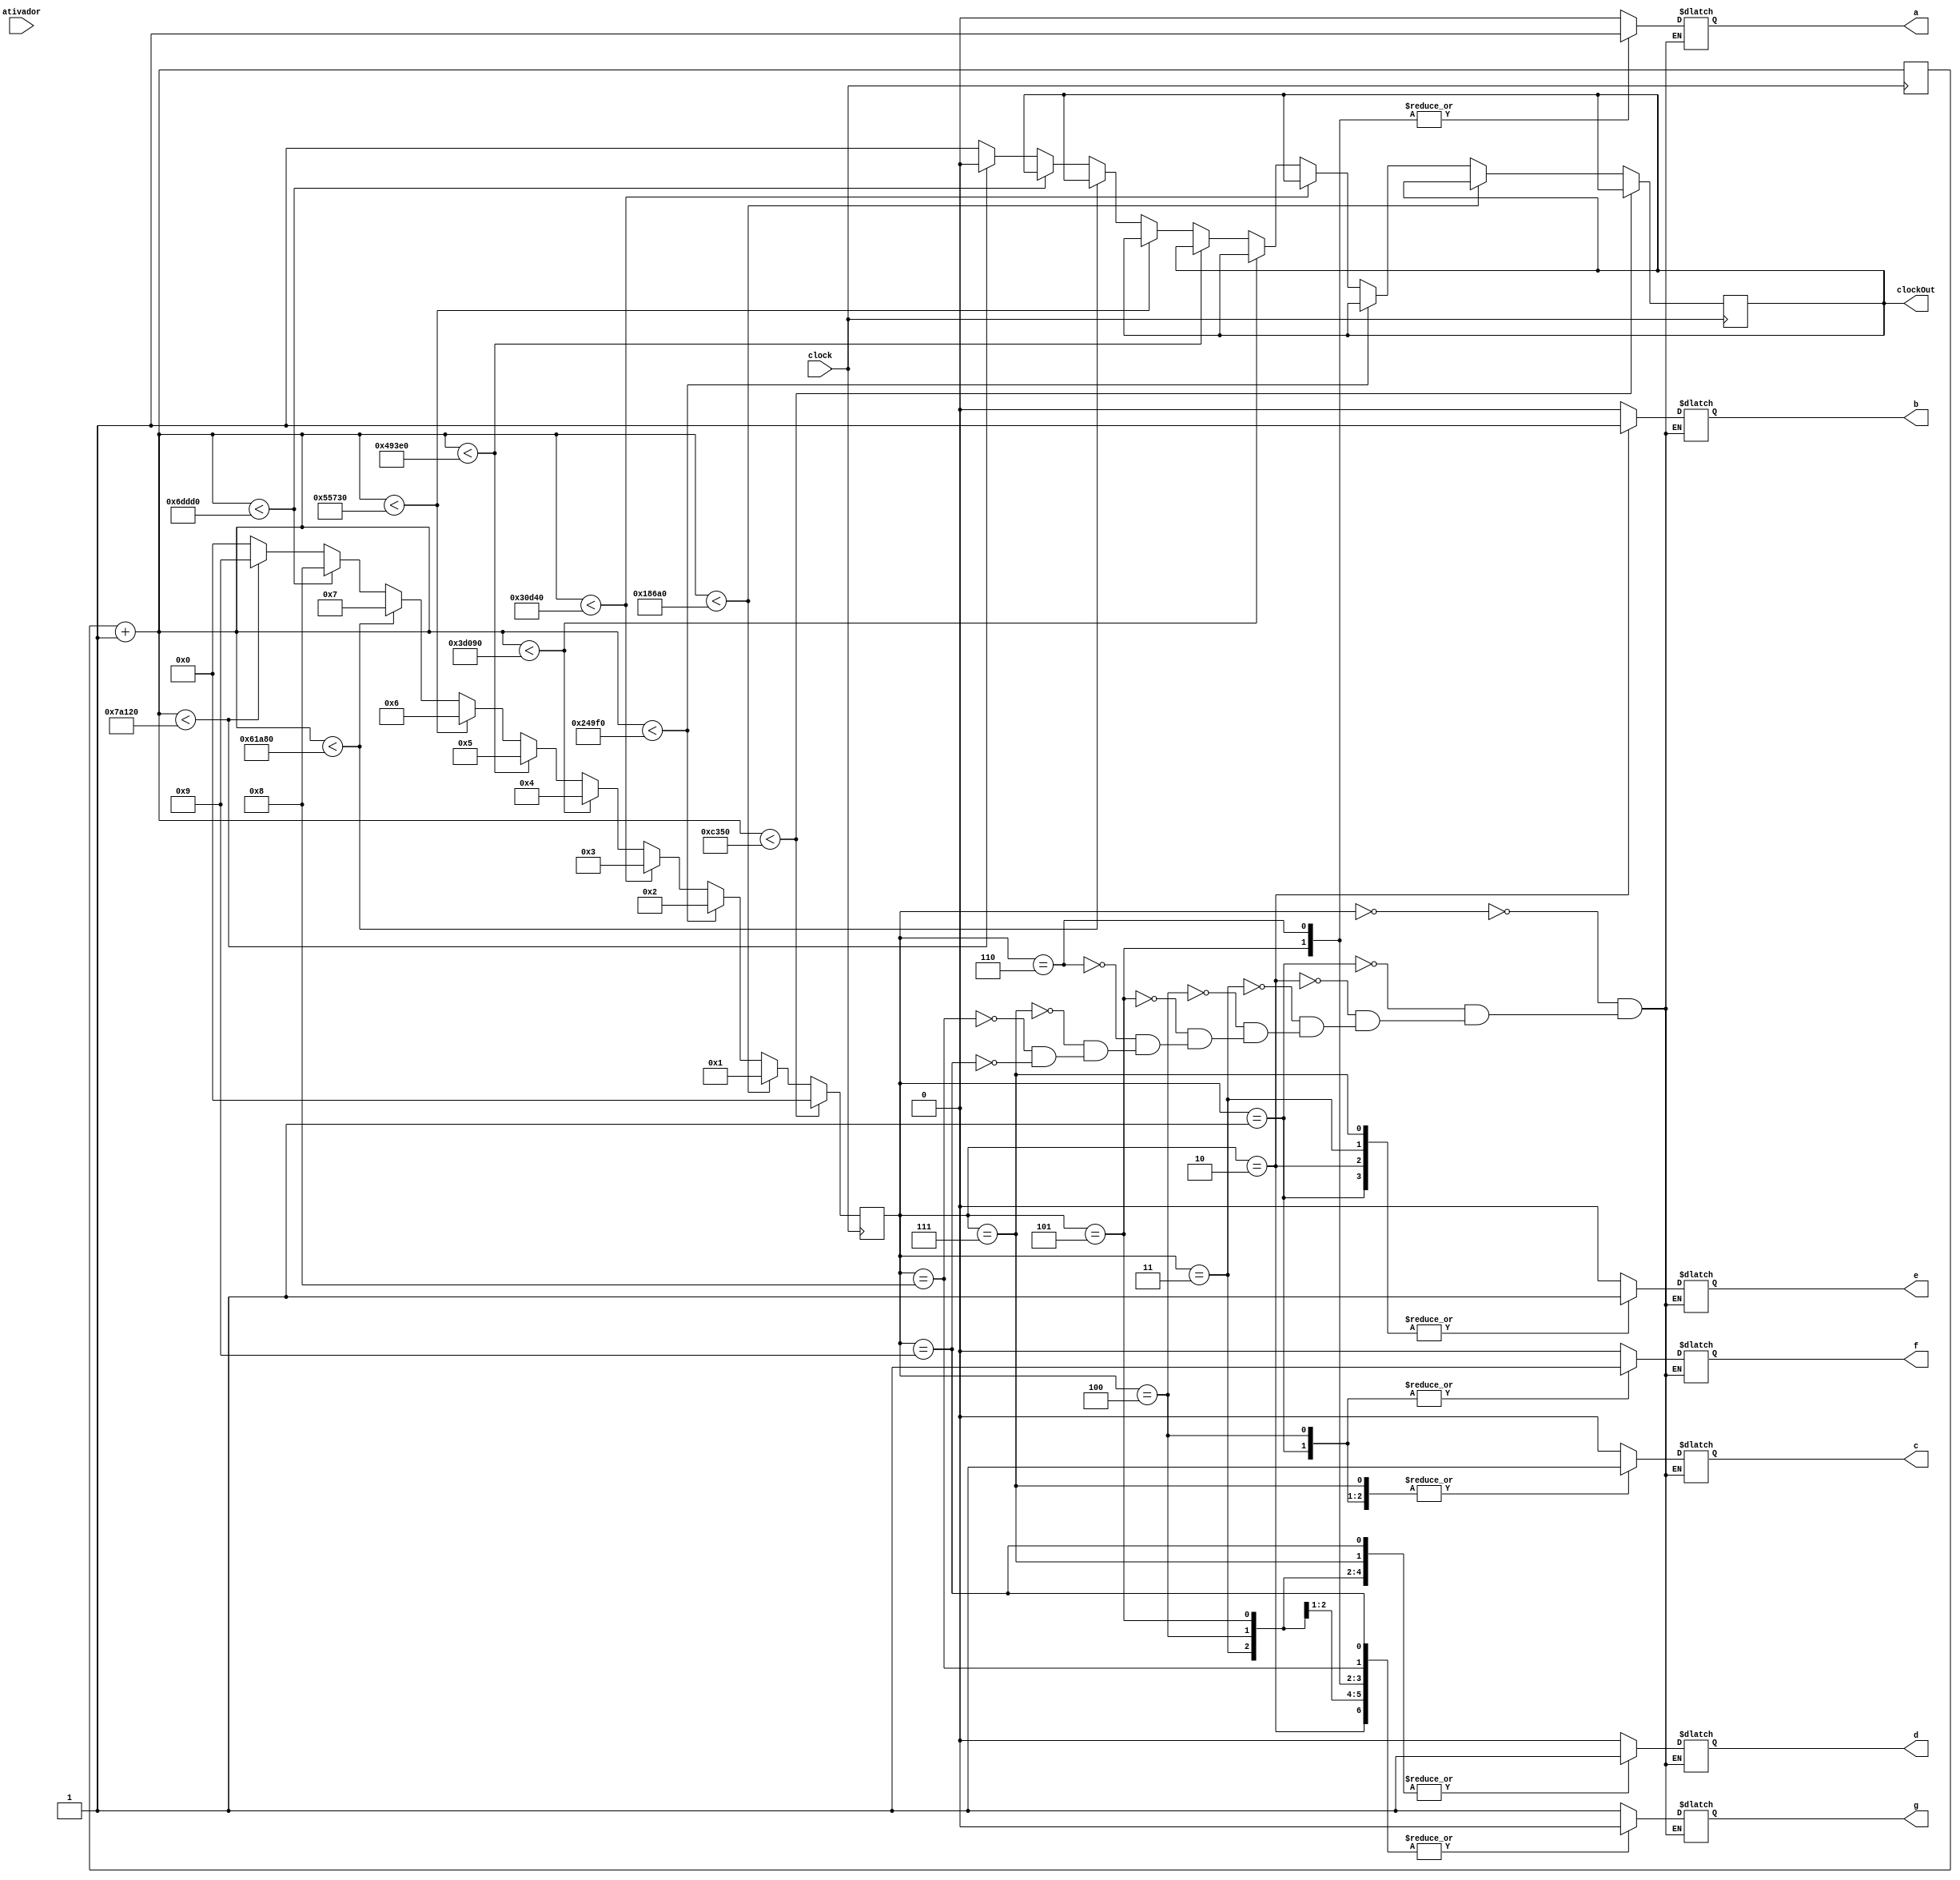
module miliseconds(clock, a, b, c, d, e, f, g, clockOut, ativador);
input clock;
input ativador;
output reg clockOut, a, b, c, d, e, f, g;
reg [31:0] count;
reg [3:0] estado;

always @(posedge clock) begin
	count = count + 1;
	if(count < 50000)
		estado = 0;
	else
		if(count < 100000)
			estado = 1;
	else
		if(count < 150000)
			estado = 2;
	else
		if(count < 200000)
			estado = 3;
	else
		if(count < 250000)
			estado = 4;
	else
		if(count < 300000)
			estado = 5;
	else
		if(count < 350000)
			estado = 6;
	else
		if(count < 400000)
			estado = 7;
	else
		if(count < 450000)
			estado = 8;
	else
		if(count < 500000)begin
			estado = 9;	
			clockOut = 0;
	end
	else begin
			estado = 0;
			clockOut = 1;
	end
end
always @(estado) begin
	case(estado)
	0 : begin a <= 0 ; b <= 0 ; c <= 0 ; d <= 0 ; e <= 0 ; f <= 0 ; g <= 1 ;end
	1 : begin a <= 0 ; b <= 0 ; c <= 1 ; d <= 1 ; e <= 1 ; f <= 1 ; g <= 1 ;end
	2 : begin a <= 0 ; b <= 1 ; c <= 0 ; d <= 0 ; e <= 1 ; f <= 0 ; g <= 0 ;end
	3 : begin a <= 0 ; b <= 0 ; c <= 0 ; d <= 1 ; e <= 1 ; f <= 0 ; g <= 0 ;end
	4 : begin a <= 0 ; b <= 0 ; c <= 1 ; d <= 1 ; e <= 0 ; f <= 1 ; g <= 0 ;end
	5 : begin a <= 1 ; b <= 0 ; c <= 0 ; d <= 1 ; e <= 0 ; f <= 0 ; g <= 0 ;end
	6 : begin a <= 1 ; b <= 0 ; c <= 0 ; d <= 0 ; e <= 0 ; f <= 0 ; g <= 0 ;end
	7 : begin a <= 0 ; b <= 0 ; c <= 1 ; d <= 1 ; e <= 1 ; f <= 0 ; g <= 1 ;end
	8 : begin a <= 0 ; b <= 0 ; c <= 0 ; d <= 0 ; e <= 0 ; f <= 0 ; g <= 0 ;end
	9 :	begin a <= 0 ; b <= 0 ; c <= 0 ; d <= 1 ; e <= 0 ; f <= 0 ; g <= 0 ;end
	endcase
end
endmodule